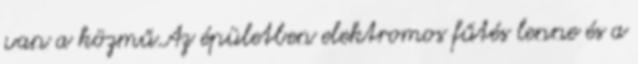
van a közmű.Az épületben elektromos fűtés lenne és a